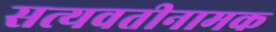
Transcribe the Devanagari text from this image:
सत्यवतीनामक